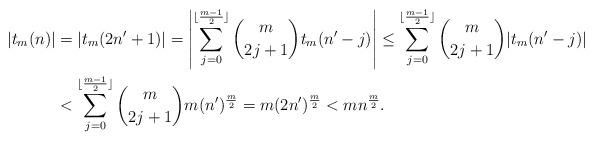
LaTeX: \begin{align*}|t_m(n)| & =|t_m(2n'+1)|=\left|\sum_{j=0}^{\lfloor\frac{m-1}{2}\rfloor} {m\choose 2j+1}t_m(n'-j)\right|\leq\sum_{j=0}^{\lfloor\frac{m-1}{2}\rfloor} {m\choose 2j+1}|t_m(n'-j)|\\& <\sum_{j=0}^{\lfloor\frac{m-1}{2}\rfloor} {m\choose 2j+1}m(n')^{\frac{m}{2}}=m(2n')^{\frac{m}{2}}<mn^{\frac{m}{2}}.\end{align*}